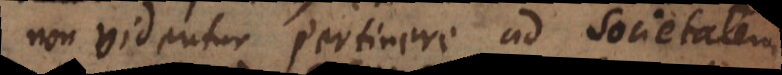
non videntur pertinere ad societatem,